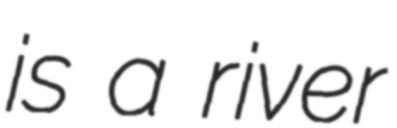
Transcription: is a river